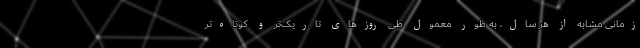
زمانی مشابه از هر سال، به طور معمول طی روزهای تاریک‌تر و کوتاه‌تر